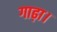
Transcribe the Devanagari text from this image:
गाढ़ा।